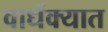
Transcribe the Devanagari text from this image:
वार्धक्यात